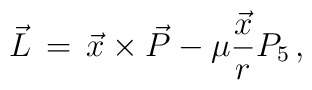
\vec{L}\,=\,\vec{x}\times\vec{P}-\mu\frac{\vec{x}}{r}P_{5}\,,